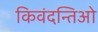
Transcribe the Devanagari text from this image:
किवंदन्तिओ